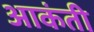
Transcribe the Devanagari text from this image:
आकंती